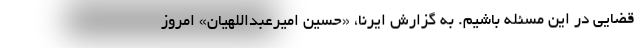
قضایی در این مسئله باشیم. به گزارش ایرنا، «حسین امیرعبداللهیان» امروز